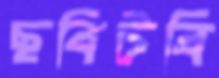
ছবিটবি